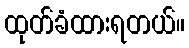
ထုတ်ခံထားရတယ်။